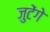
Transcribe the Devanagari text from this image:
जुटेंगे